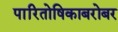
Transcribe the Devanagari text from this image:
पारितोषिकाबरोबर